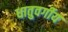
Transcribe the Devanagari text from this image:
धातुवर्गीय